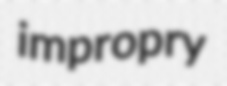
impropry